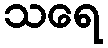
သရေ